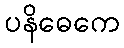
ပနိဓေကေ